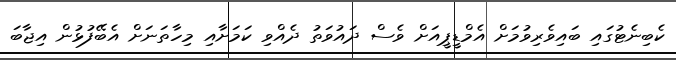
ކެބިނެޓުގައި ބައިވެރިވުމަށް އެމްޑީޕީއަށް ވެސް ދައުވަތު ދެއްވި ކަމަށާއި މިހާތަނަށް އެބޭފުޅުން އިޖާބަ